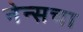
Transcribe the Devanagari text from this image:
नेन्सचा